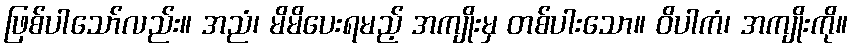
ဖြစ်ပါသော်လည်း။ အညံ၊ မိမိပေးရမည့် အကျိုးမှ တစ်ပါးသော။ ဝိပါကံ၊ အကျိုးကို။